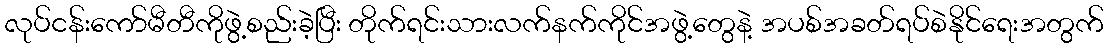
လုပ်ငန်းကော်မီတီကိုဖွဲ့စည်းခဲ့ပြီး တိုက်ရင်းသားလက်နက်ကိုင်အဖွဲ့တွေနဲ့ အပစ်အခတ်ရပ်စဲနိုင်ရေးအတွက်